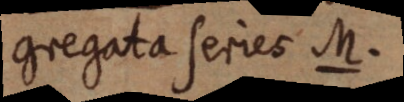
gregata series M.